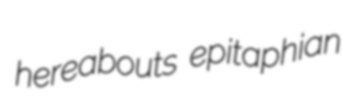
hereabouts epitaphian